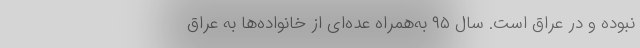
نبوده و در عراق است. سال ۹۵ به‌همراه عده‌ای از خانواده‌ها به عراق